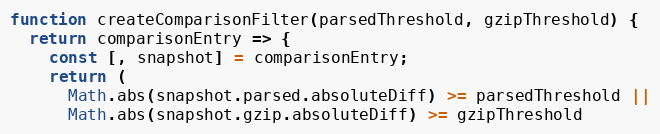
Language: JavaScript
function createComparisonFilter(parsedThreshold, gzipThreshold) {
  return comparisonEntry => {
    const [, snapshot] = comparisonEntry;
    return (
      Math.abs(snapshot.parsed.absoluteDiff) >= parsedThreshold ||
      Math.abs(snapshot.gzip.absoluteDiff) >= gzipThreshold